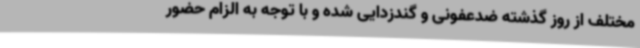
مختلف از روز گذشته ضدعفونی و گندزدایی شده و با توجه به الزام حضور